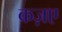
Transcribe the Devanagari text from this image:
कज़ए